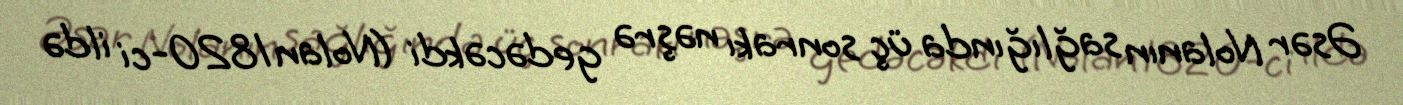
Əsər Nolanın sağlığında üç sonrakı nəşrə gedəcəkdi (Nolan 1820-ci ildə